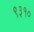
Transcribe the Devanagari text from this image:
९३१०